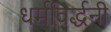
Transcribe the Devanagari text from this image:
धर्मविर्द्धनी